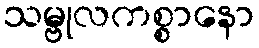
သမ္ဗုလကစ္စာနော